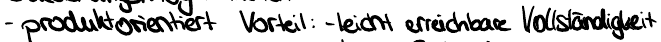
- produktorientiert Vorteil: - leicht erreichbare Vollständigkeit